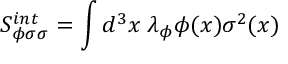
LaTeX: S _ { \phi \sigma \sigma } ^ { i n t } = \int d ^ { 3 } x \; \lambda _ { \phi } \phi ( x ) \sigma ^ { 2 } ( x )